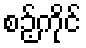
စဉ့်ကိုင်